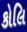
કોલિ